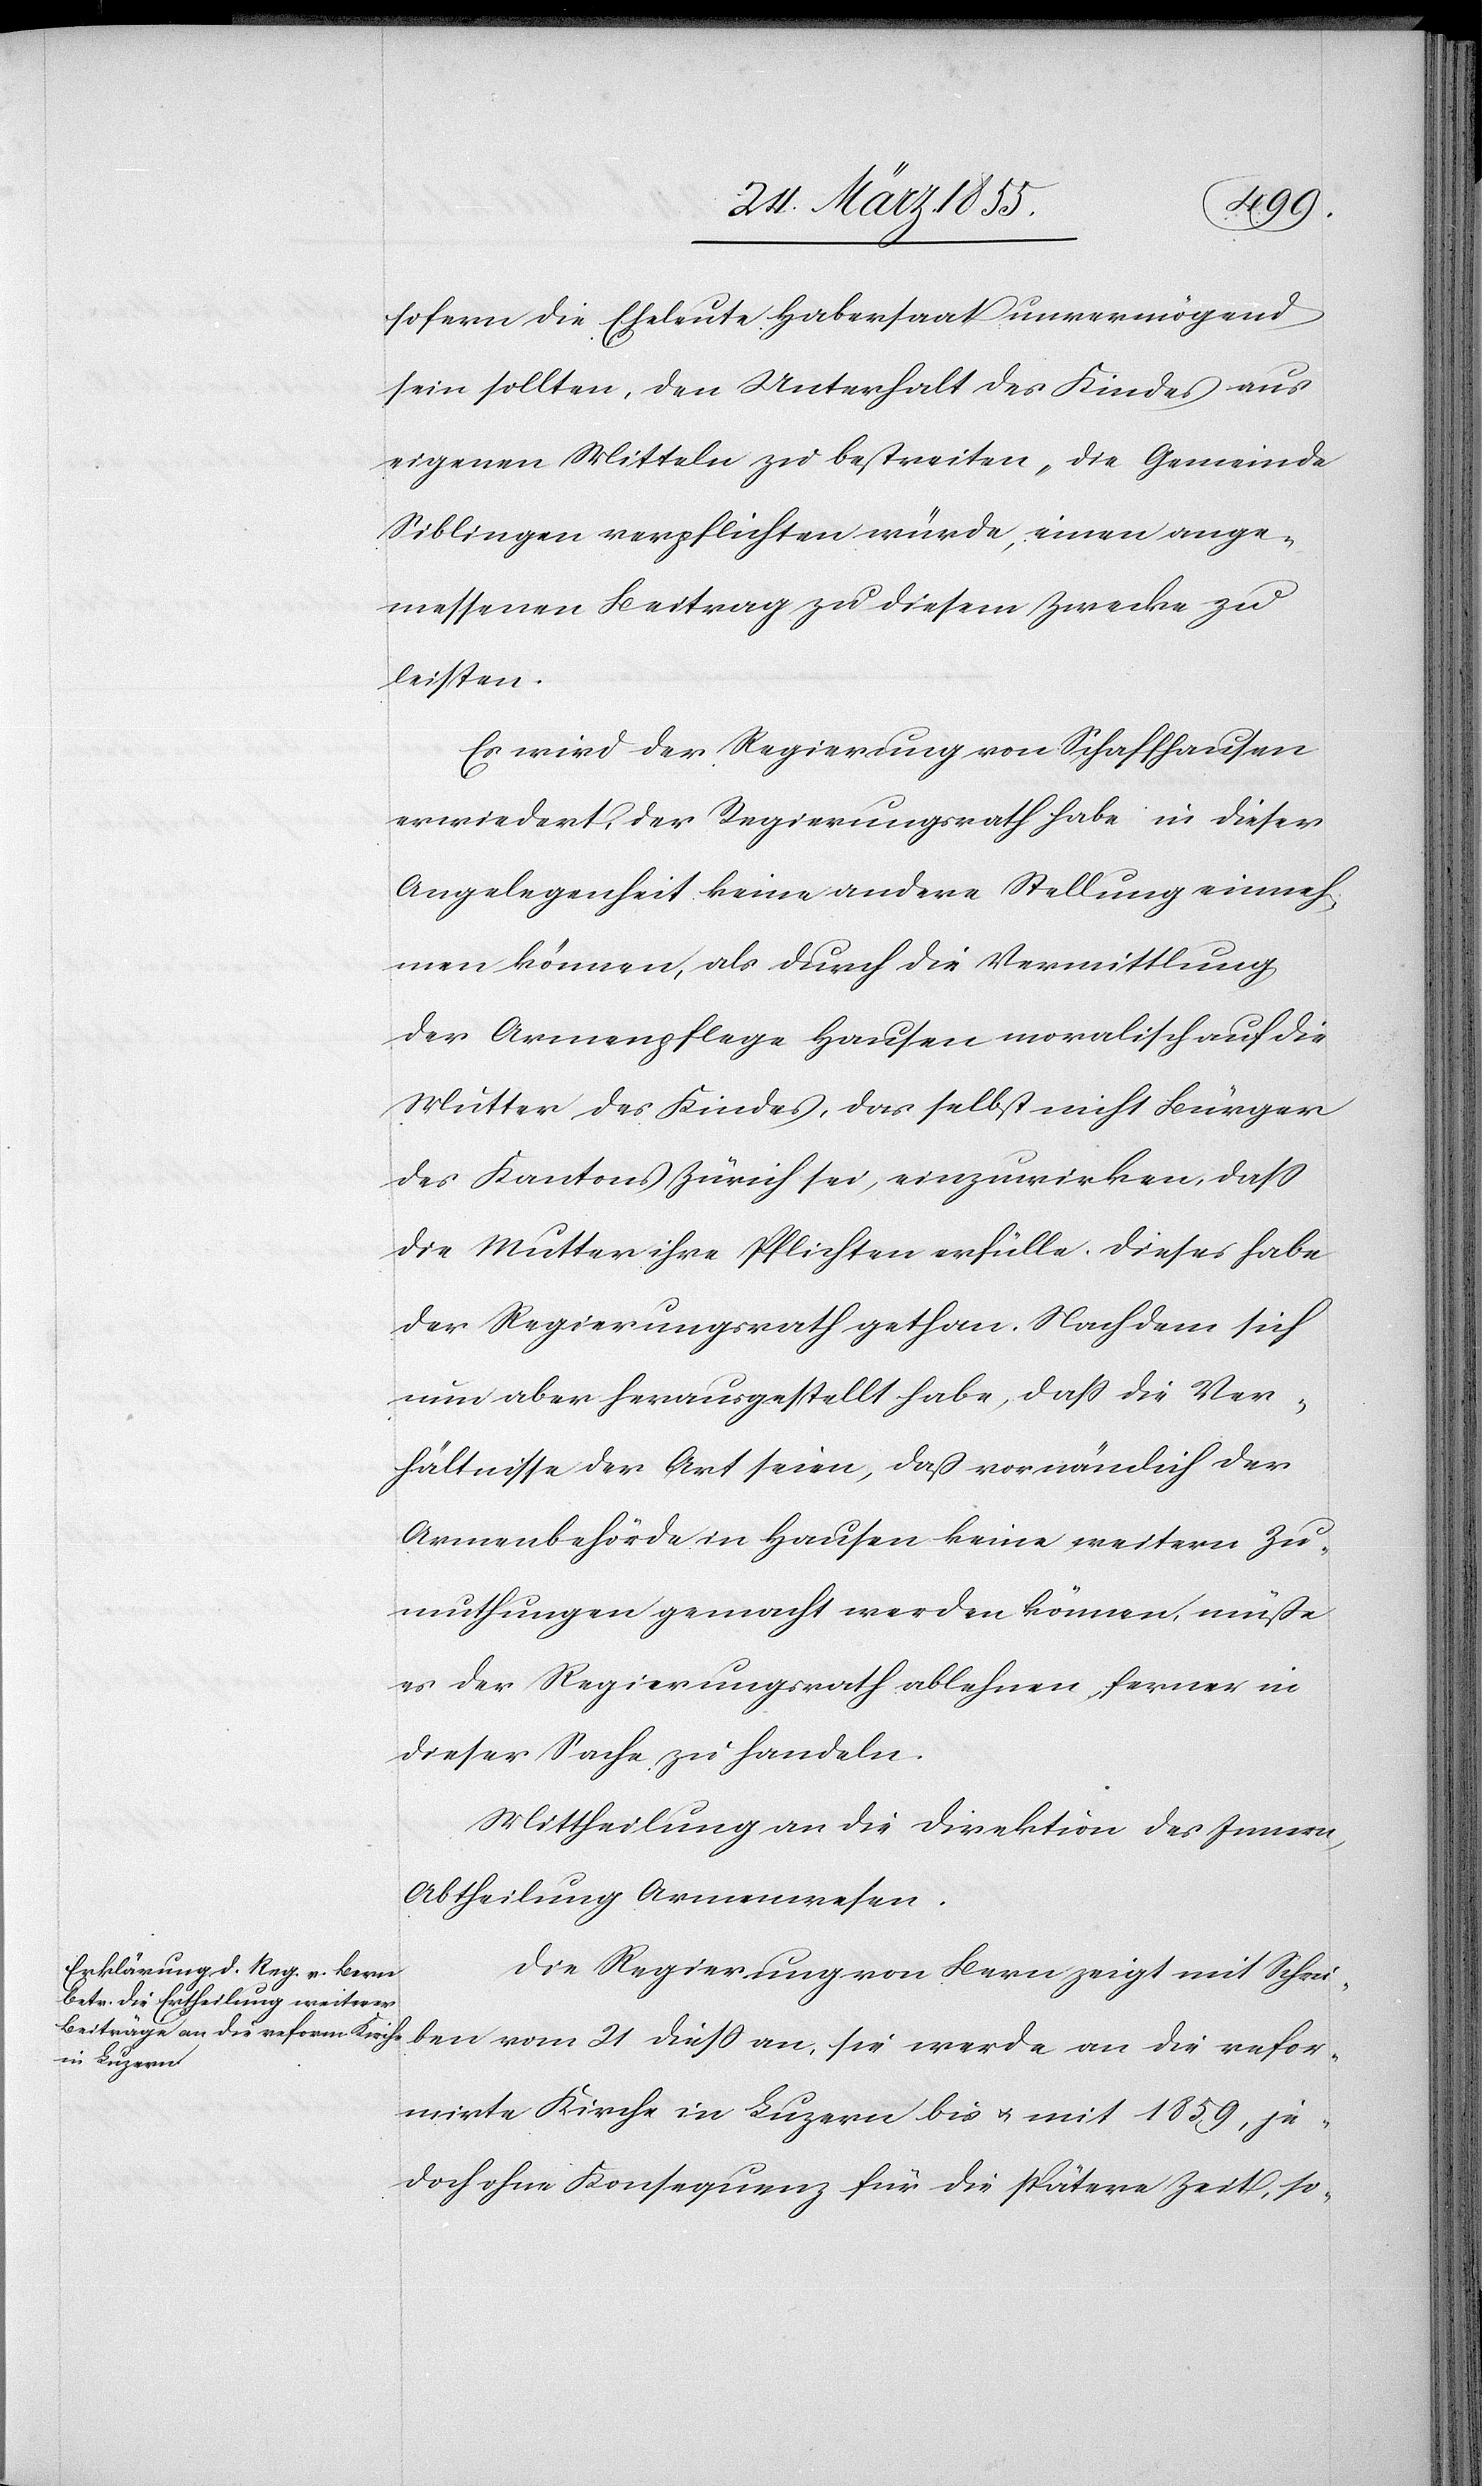
sofern die Eheleute Habersaat unvermögend
sein sollten, den Unterhalt des Kindes aus
eigenen Mitteln zu bestreiten, die Gemeinde
Siblingen verpflichten würde, einen ange¬
messenen Beitrag zu diesem Zwecke zu
leisten.
Es wird der Regierung von Schaffhausen
erwiedert, der Regierungsrath habe in dieser
Angelegenheit keine andere Stellung einneh¬
men können, als durch die Vermittlung
der Armenpflege Hausen moralisch auf die
Mutter des Kindes, das selbst nicht Bürger
des Kantons Zürich sei, einzuwirken, dass
die Mutter ihre Pflichten erfülle. Dieses habe
der Regierungsrath gethan. Nachdem sich
nun aber herausgestellt habe, dass die Ver¬
hältnisse der Art seien, daß vornämlich der
Armenbehörde in Hausen keine weitern Zu¬
muthungen gemacht werden können, müße
es der Regierungsrath ablehnen, ferner in
dieser Sache zu handeln.
Mittheilung an die Direktion des Innern,
Abtheilung Armenwesen.
Die Regierung von Bern zeigt mit Schrei¬
ben vom 21 diess an, sie werde an die refor¬
mirte Kirche in Luzern bis & mit 1859, je¬
doch ohne Konsequenz für die spätere Zeit, so-